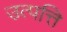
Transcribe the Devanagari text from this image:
उत्पत्ति